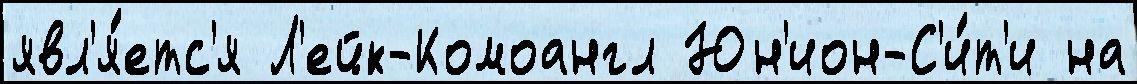
явл'я́етс'я Л'ейк-Комоангл Юн'ион-С'и́т'и на